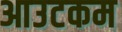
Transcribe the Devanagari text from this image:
आउटकम